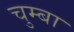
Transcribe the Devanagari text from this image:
चुम्बा